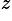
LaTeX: ^{z}